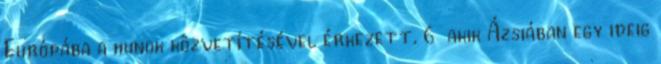
Európába a hunok közvetítésével érkezett, 6 akik Ázsiában egy ideig